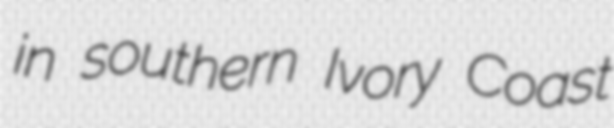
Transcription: in southern Ivory Coast